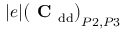
| e | \big ( \mathrm { \textbf { C } } _ { \mathrm { d d } } \big ) _ { P 2 , P 3 }